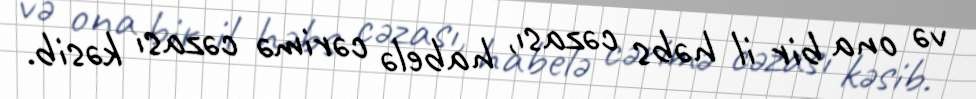
və ona bir il həbs cəzası, habelə cərimə cəzası kəsib.